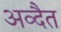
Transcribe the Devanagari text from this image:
अव्दैत